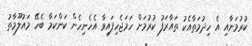
ކުރުމަށާއި އެ ހިދުމަތާއެކު ތައާރަފު ކުރުމަށް ހަމަޖެހިފައިވާ އެހެނިހެން ކަންކަމާ ބެހޭ މައުލޫމާތު